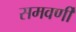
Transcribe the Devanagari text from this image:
समवर्णी